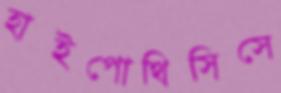
হাইপোথিসিসে